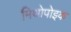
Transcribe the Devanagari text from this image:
मिथोपोइक